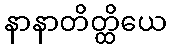
နာနာတိတ္ထိယေ